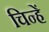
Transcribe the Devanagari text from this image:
चिन्हें